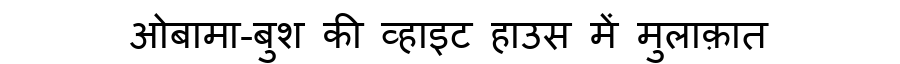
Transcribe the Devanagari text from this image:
ओबामा-बुश की व्हाइट हाउस में मुलाक़ात